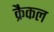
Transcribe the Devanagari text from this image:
क्रैकल